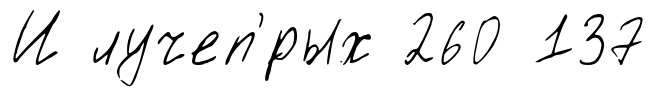
И лучеп'́рых 260 137